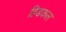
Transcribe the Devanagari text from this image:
हिडकल